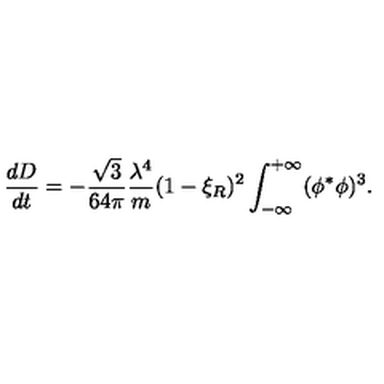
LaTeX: { \frac { d D } { d t } } = - { \frac { \sqrt { 3 } } { 6 4 \pi } } { \frac { \lambda ^ { 4 } } { m } } ( 1 - \xi _ { R } ) ^ { 2 } \int _ { - \infty } ^ { + \infty } ( \phi ^ { * } \phi ) ^ { 3 } .